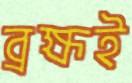
ব্রহ্মই